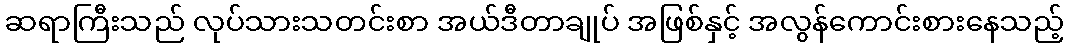
ဆရာကြီးသည် လုပ်သားသတင်းစာ အယ်ဒီတာချုပ် အဖြစ်နှင့် အလွန်ကောင်းစားနေသည့်